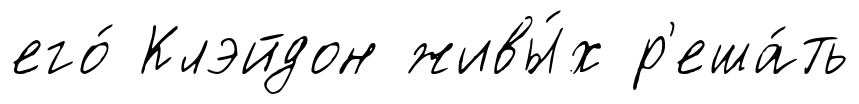
его́ Клэйдон живы́х р'еша́ть